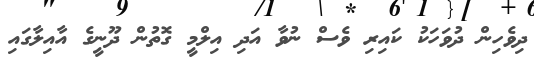
ދިވެހިން ދުވަހަކު ކައިރި ވެސް ނުވާ އަދި އިލްމީ ގޮތުން ދޫނީގެ އާއިލާގައި